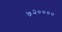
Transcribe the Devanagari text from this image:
७२००००